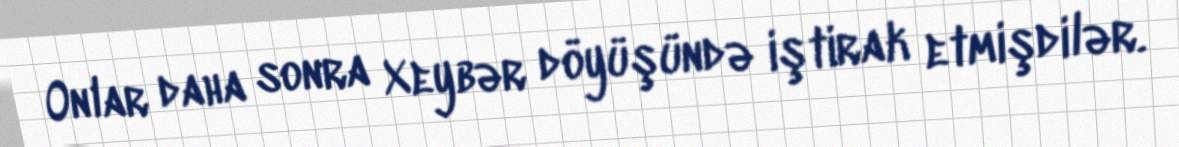
Onlar daha sonra Xeybər döyüşündə iştirak etmişdilər.